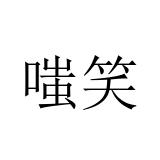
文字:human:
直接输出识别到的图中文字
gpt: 嗤笑